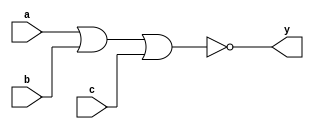
`timescale 1ns / 1ps
//////////////////////////////////////////////////////////////////////////////////
// Module Name: xup_nor3
//////////////////////////////////////////////////////////////////////////////////
module xup_nor3 #(parameter DELAY = 3)(
    input a,
    input b,
    input c,
    output y
    );
    
    nor #DELAY (y,a,b,c);
    
endmodule